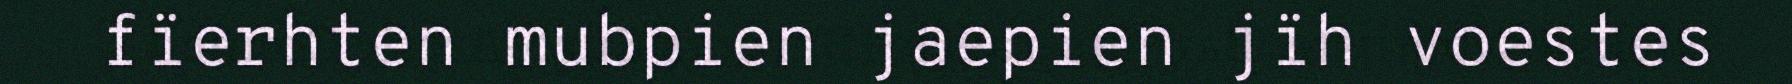
fïerhten mubpien jaepien jïh voestes